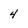
Character: 4